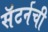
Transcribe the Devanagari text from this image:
सॅटर्नची